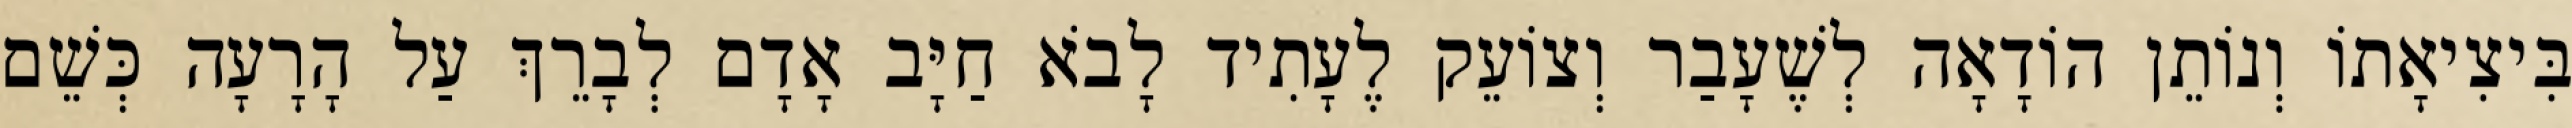
בִּיצִיאָתוֹ וְנוֹתֵן הוֹדָאָה לְשֶׁעָבַר וְצוֹעֵק לֶעָתִיד לָבֹא חַיָּב אָדָם לְבָרֵךְ עַל הָרָעָה כְּשֵׁם